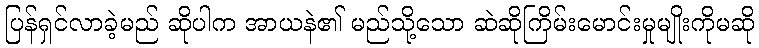
ပြန်ရှင်လာခဲ့မည် ဆိုပါက အာယနဲ၏ မည်သို့သော ဆဲဆိုကြိမ်းမောင်းမှုမျိုးကိုမဆို